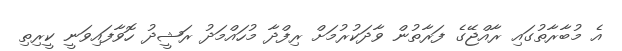
އެ މުބާރާތުގައި ރާއްޖޭގެ ފަރާތުން ވާދަކުރުމަށް ރިފްދާ މުހައްމަދު ރަޝީދު ހޮވާފައިވަނީ ކީރިތި